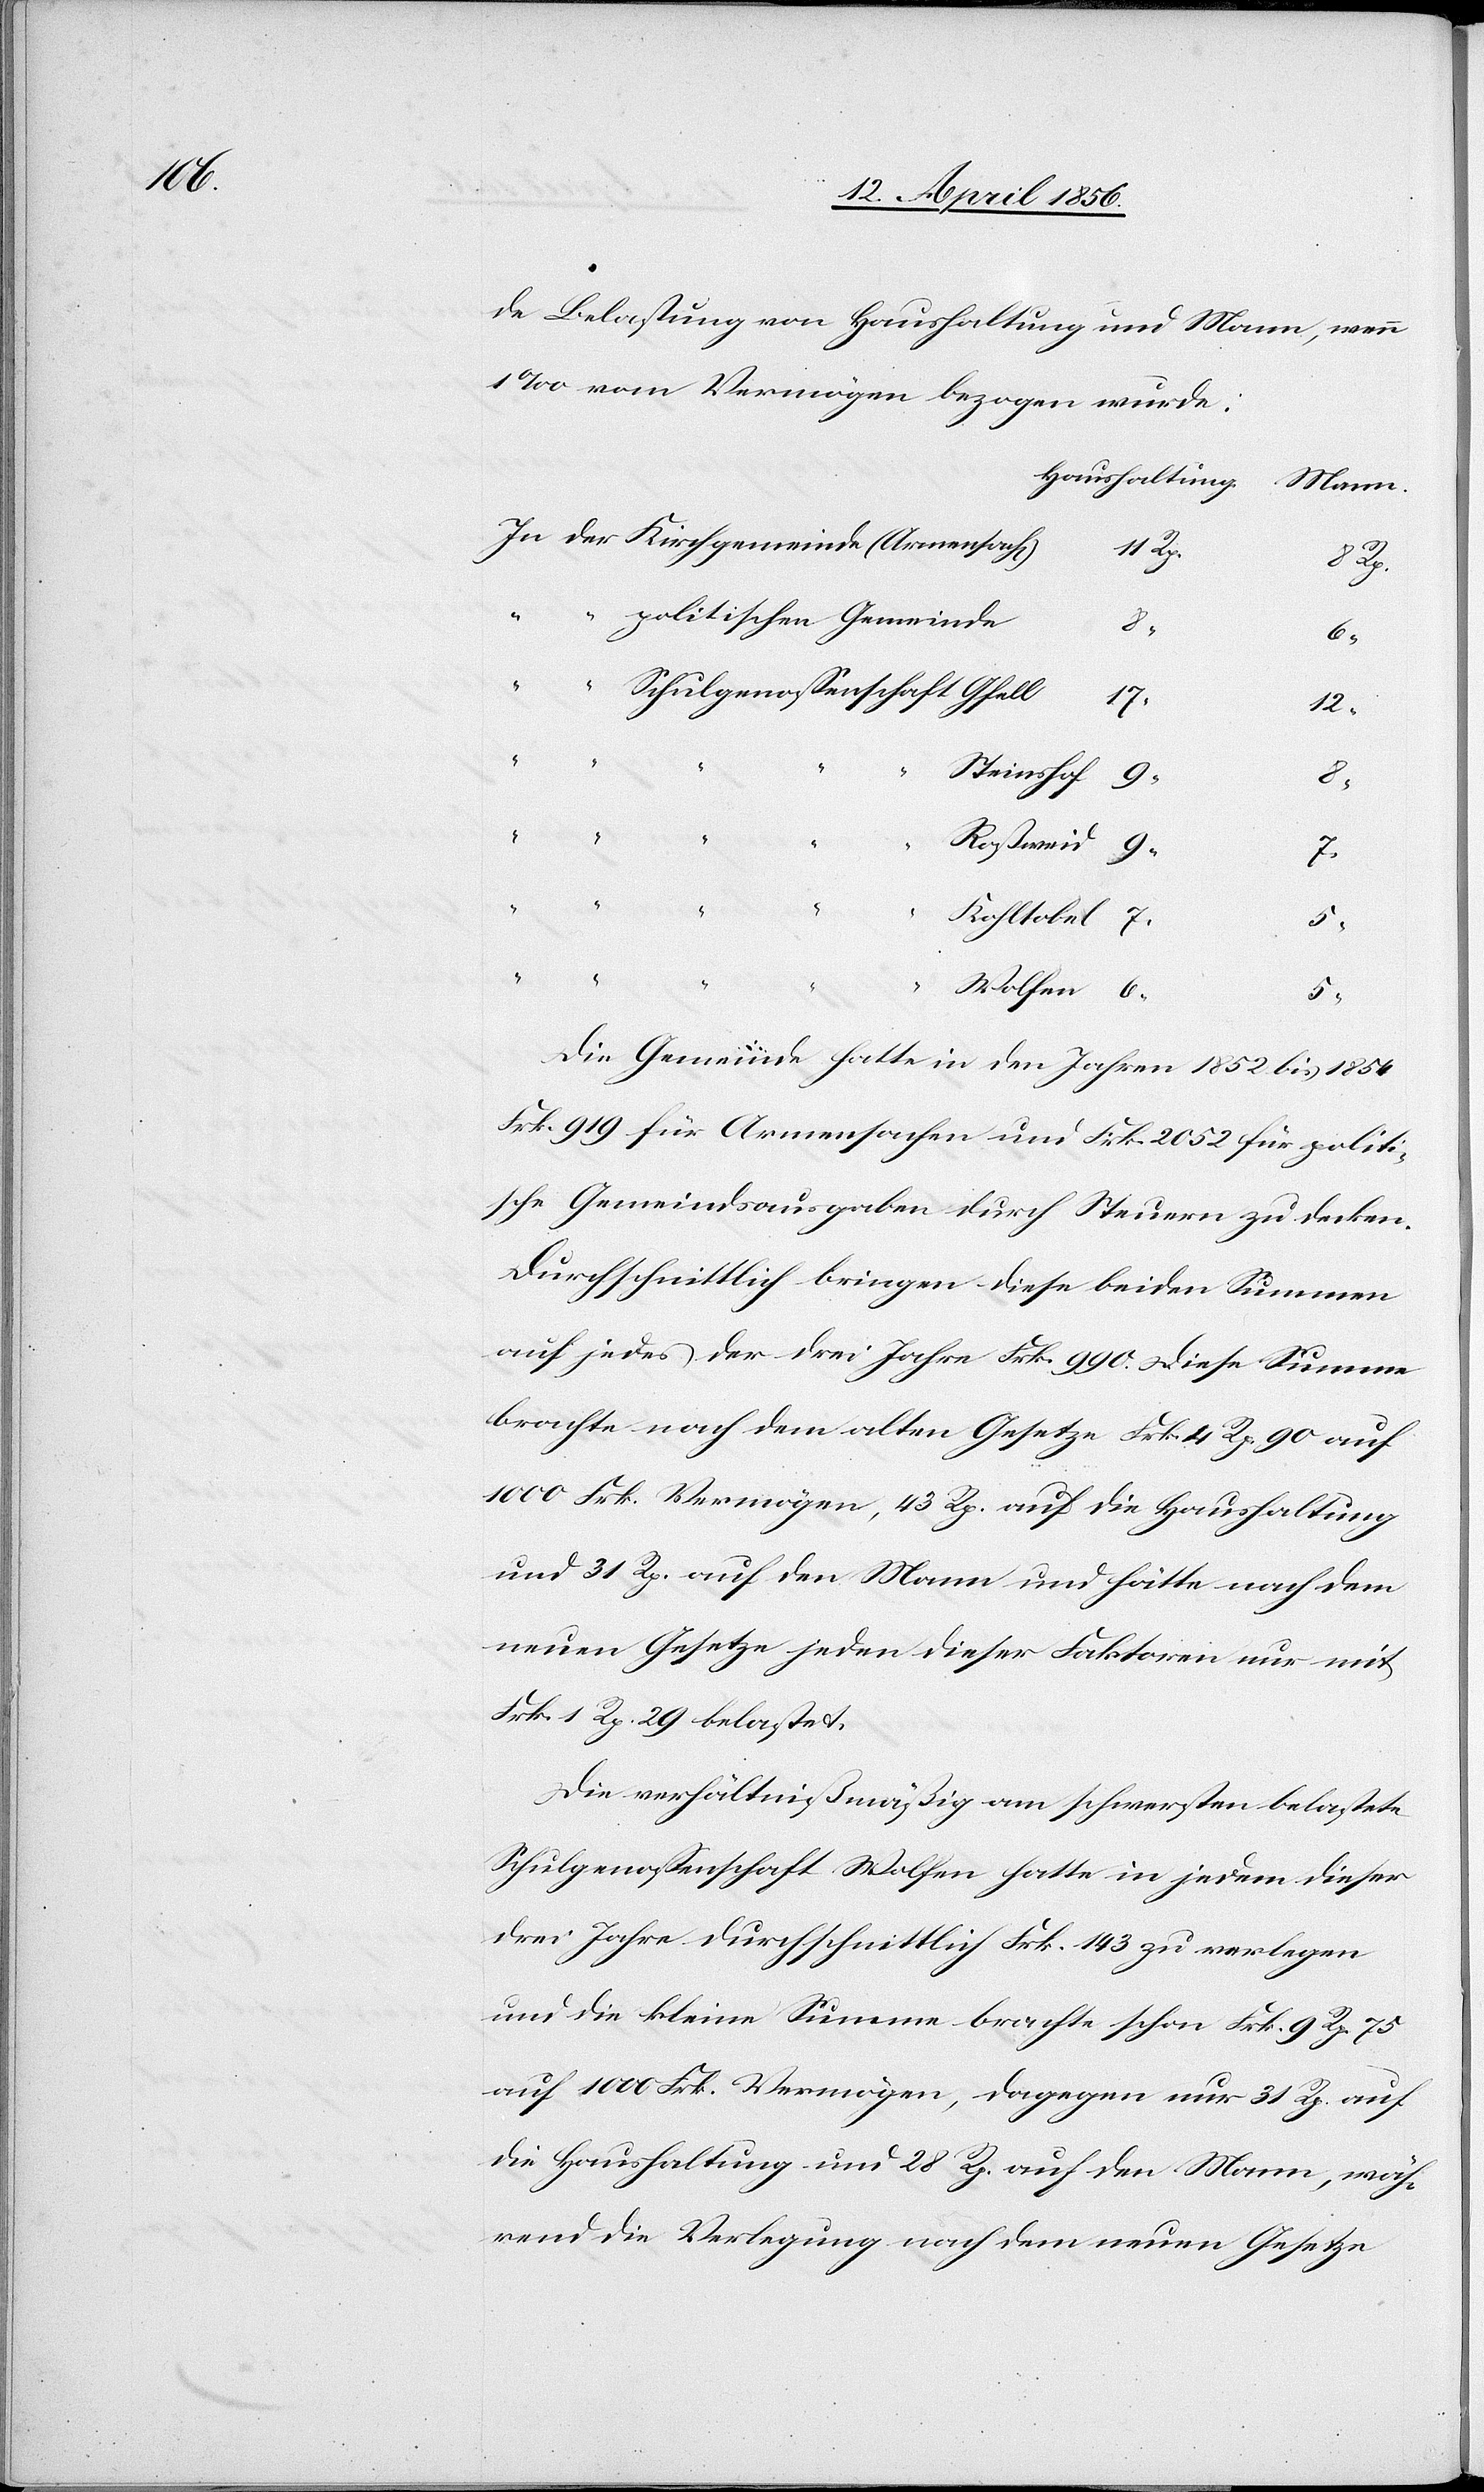
de Belastung von Haushaltung und Mann, wenn
1 ‰ vom Vermögen bezogen wurde:
Haushaltung.
einde
Mann.]
Rp.
Rp.
politische Gemeinde
6
Schulgenossenschaft
17
12
Steinshof
der
Kohltobel
Wolfen
Die Gemeinde hatte in den Jahren 1852 bis 1854
Frk. 919 für Armensachen und Frk. 2052 für politi¬
sche Gemeindsausgaben durch Steuern zu decken.
Durchschnittlich bringen diese beiden Summen
auf jedes der drei Jahre Frk. 990. Diese Summe
brachte nach dem alten Gesetze Frk. 4 Rp. 90 auf
1000 Frk. Vermögen, 43 Rp. auf die Haushaltung
und 31 Rp. auf den Mann und hätte nach dem
neuen Gesetze jeden dieser Faktoren nur mit
Frk. 1 Rp. 29 belastet.
Die verhältnißmäßig am schwersten belastete
Schulgenossenschaft Wolfen hatte in jedem dieser
drei Jahre durchschnittlich Frk. 143 zu verlegen
und die kleine Summe brachte schon Frk. 9 Rp. 75
auf 1000 Frk. Vermögen, dagegen nur 31 Rp. auf
die Haushaltung und 28 Rp. auf den Mann, wäh¬
rend die Verlegung nach dem neuen Gesetze